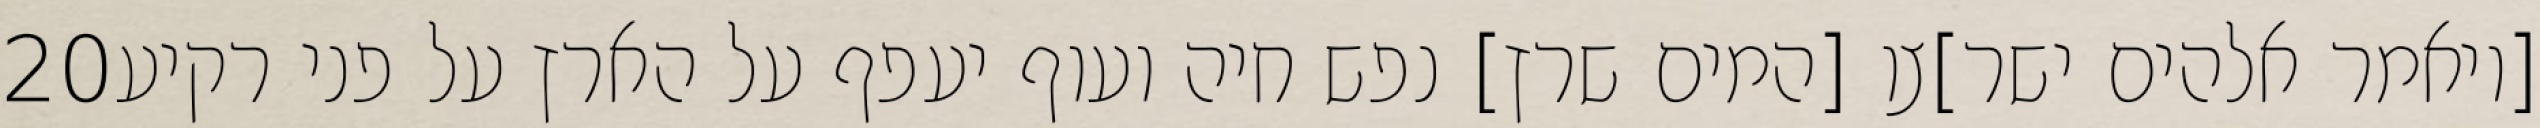
‎20‏ [ויאמר אלהים ישר]צו [המים שרץ] נפש חיה ועוף יעפף על הארץ על פני רקיע